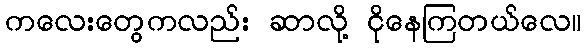
ကလေးတွေကလည်း ဆာလို့ ငိုနေကြတယ်လေ။